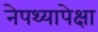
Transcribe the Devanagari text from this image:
नेपथ्यापेक्षा